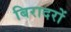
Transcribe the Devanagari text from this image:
बिरादरों